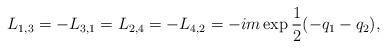
LaTeX: \begin{align*}L_{1,3}=-L_{3,1}=L_{2,4}=-L_{4,2}=-im\exp{1\over 2}(-q_1-q_2),\end{align*}